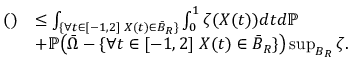
\begin{array} { r l } { \mathrm { ( ) } } & { \le \int _ { \{ \forall t \in [ - 1 , 2 ] \; X ( t ) \in \bar { B } _ { R } \} } \int _ { 0 } ^ { 1 } \zeta ( X ( t ) ) d t d \mathbb { P } } \\ & { + \mathbb { P } \big ( \bar { \Omega } - \{ \forall t \in [ - 1 , 2 ] \; X ( t ) \in \bar { B } _ { R } \} \big ) \operatorname* { s u p } _ { B _ { R } } \zeta . } \end{array}